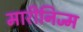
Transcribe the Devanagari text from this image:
मारीनिज्म